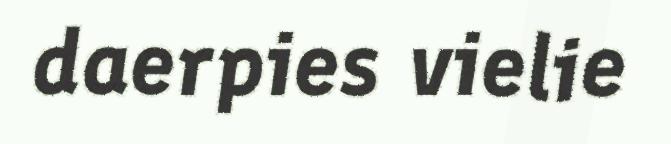
daerpies vielie